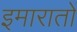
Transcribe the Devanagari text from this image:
इमारातों